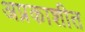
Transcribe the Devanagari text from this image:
अप्रकाशीत